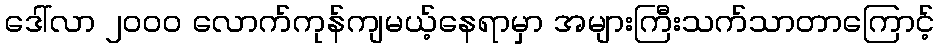
ဒေါ်လာ ၂၀၀၀ လောက်ကုန်ကျမယ့်နေရာမှာ အများကြီးသက်သာတာကြောင့်